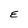
Character: E